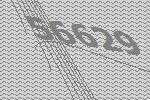
56629